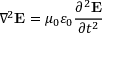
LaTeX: \nabla ^ { 2 } \mathbf { E } = \mu _ { 0 } \varepsilon _ { 0 } { \frac { \partial ^ { 2 } \mathbf { E } } { \partial t ^ { 2 } } }